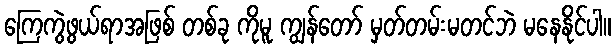
ကြေကွဲဖွယ်ရာအဖြစ် တစ်ခု ကိုမူ ကျွန်တော် မှတ်တမ်းမတင်ဘဲ မနေနိုင်ပါ။